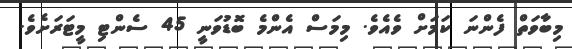
މިބާވަތް ފެންނަ ކަމަށް ވެއެވެ. މިމަސް އެންމެ ބޮޑުވަނީ 45 ސެންޓި މީޓަރަށެވެ.